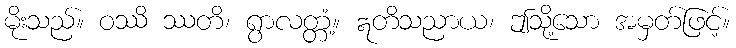
မိုးသည်။ ဝဿိ ဿတိ၊ ရွာလတ္တံ့။ ဣတိသညာယ၊ ဤသို့သော အမှတ်ဖြင့်။